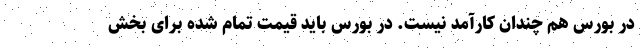
در بورس هم چندان کارآمد نیست. در بورس باید قیمت تمام شده برای بخش